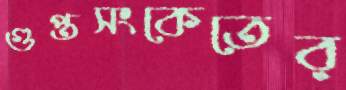
গুপ্তসংকেতের